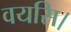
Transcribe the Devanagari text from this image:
वयसि।